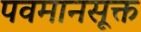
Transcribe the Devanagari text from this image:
पवमानसूक्त